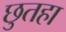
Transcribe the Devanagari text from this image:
छुतहा